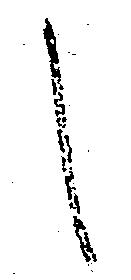
し